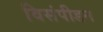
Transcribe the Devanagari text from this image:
विसंपीडन